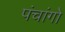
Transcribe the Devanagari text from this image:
पंचांगो